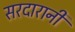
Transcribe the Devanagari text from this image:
सरदारानी